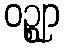
ဝဉ္ဈာ